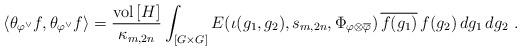
LaTeX: \begin{align*} \langle \theta_{\varphi^{\vee}}f , \theta_{\varphi^{\vee}} f \rangle = \frac{\mathrm{vol} \, [H]}{\kappa_{m,2n}} \int_{[G \times G]} E(\iota(g_1,g_2),s_{m,2n},\Phi_{\varphi \otimes \overline{\varphi}}) \, \overline{f(g_1)} \, f(g_2) \, dg_1 \, dg_2 \ .\end{align*}